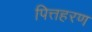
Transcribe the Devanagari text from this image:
पित्तहरण